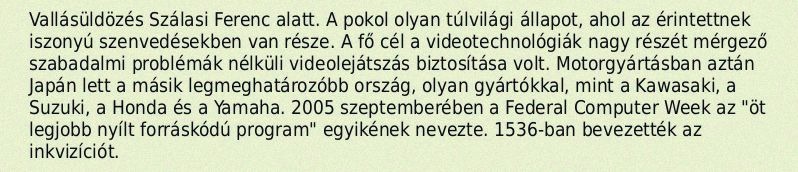
Vallásüldözés Szálasi Ferenc alatt. A pokol olyan túlvilági állapot, ahol az érintettnek iszonyú szenvedésekben van része. A fő cél a videotechnológiák nagy részét mérgező szabadalmi problémák nélküli videolejátszás biztosítása volt. Motorgyártásban aztán Japán lett a másik legmeghatározóbb ország, olyan gyártókkal, mint a Kawasaki, a Suzuki, a Honda és a Yamaha. 2005 szeptemberében a Federal Computer Week az "öt legjobb nyílt forráskódú program" egyikének nevezte. 1536-ban bevezették az inkvizíciót.